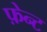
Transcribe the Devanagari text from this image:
फ़ेन्ट